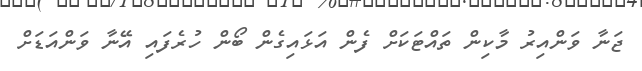
ޖަނާ ވަންއިރު މާކިން ތައްޓަކަށް ފެން އަޅައިގެން ބޯން ހުރެފައި އޭނާ ވަންއަޑަށް